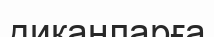
диқанларға